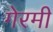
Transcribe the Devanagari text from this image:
गेरमी